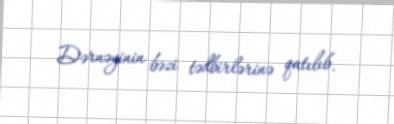
Dərnəyinin bəzi tədbirlərinə qatılıb.